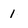
Character: 1